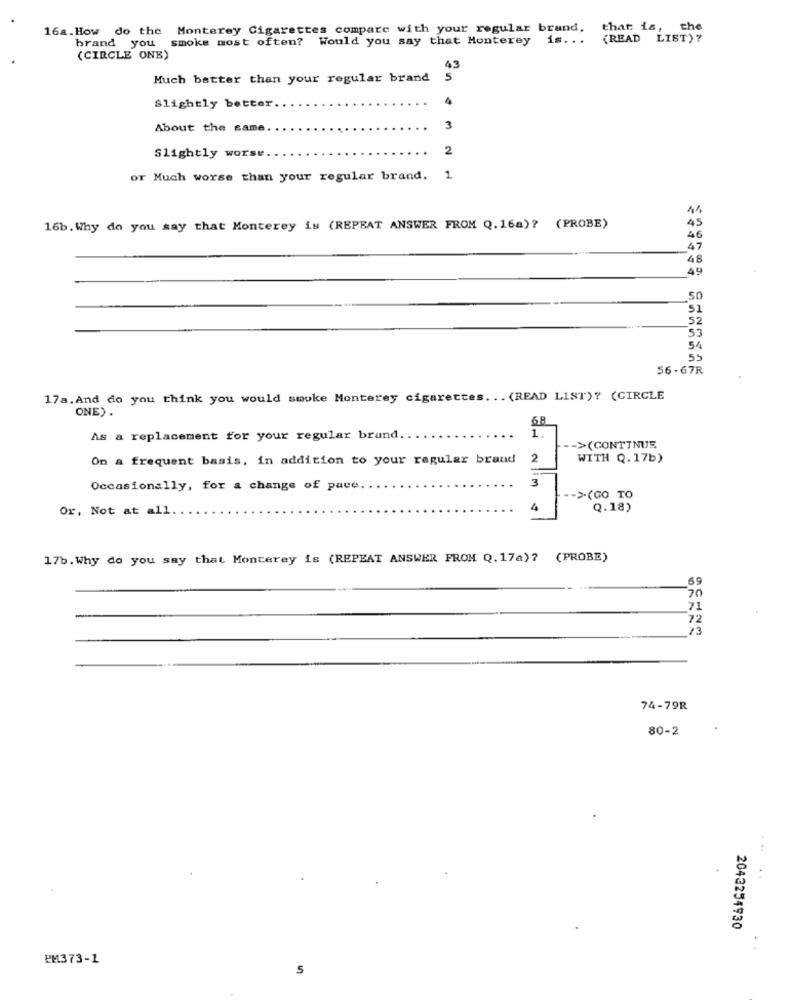
16a.How do the Monterey Cigarettes compare with your regular brand,
that is, the
smoke most often? Would you say that Monterey is ...
(READ LIST)?
brand you
(CIRCLE ONE)
43
Much better than your regular brand
5
Slightly better.
About the same.
3
2
Slightly worse
or Much worse than your regular brand.
16b. Why do you say that Monterey is (REPEAT ANSWER FROM Q.16a)? (PROBE)
46
67
48
49
50
51
52
53
54
55
56-67R
17a. And do you think you would smoke Monterey cigarettes. .. (READ LIST)? (CIRCLE
ONE) .
1
As a replacement for your regular brand.
->(CONTINUE
On a frequent basis, in addition to your regular brand
2
WITH Q.17b)
3
Occasionally, for a change of pace.
>(GO TO
Or, Not at all ..
Q.18)
17b. Why do you say that Monterey is (REPEAT ANSWER FROM Q. 17a)? (PROBE)
59
70
.71
72
73
74-79R
80-2
...
2043254930
PM373-1
S